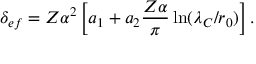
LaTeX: \delta _ { e f } = Z \alpha ^ { 2 } \left[ a _ { 1 } + a _ { 2 } { \frac { Z \alpha } { \pi } } \ln ( \lambda _ { C } / r _ { 0 } ) \right] .